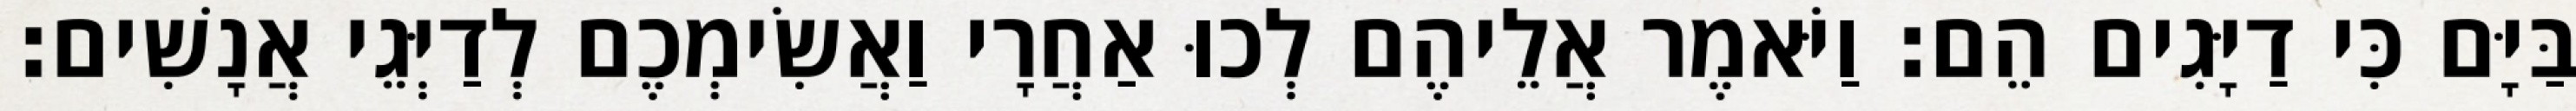
בַּיָּם כִּי דַיָּגִים הֵם׃ וַיֹּאמֶר אֲלֵיהֶם לְכוּ אַחֲרָי וַאֲשִׂימְכֶם לְדַיְּגֵי אֲנָשִׁים׃